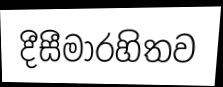
දීසීමාරහිතව